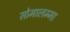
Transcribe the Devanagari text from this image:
सोमालम्मा